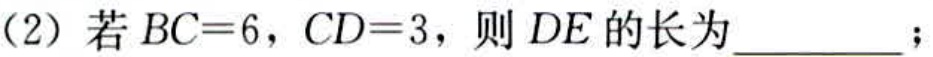
(2) 若 \(BC = 6\)，\(CD = 3\)，则 \(DE\) 的长为  ；